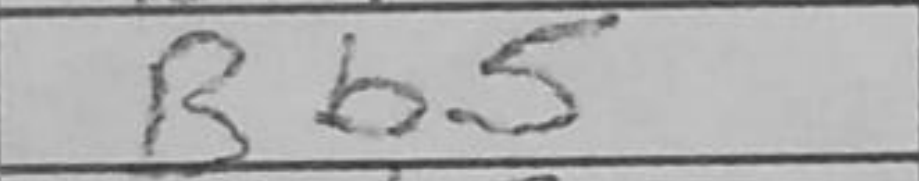
Transcription: Bb5